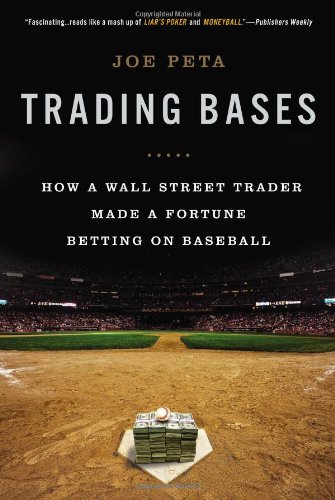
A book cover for Trading Bases: How a Wall Street Trader Made a Fortune Betting on Baseball; Joe Peta; Humor & Entertainment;